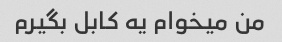
من میخوام یه کابل بگیرم